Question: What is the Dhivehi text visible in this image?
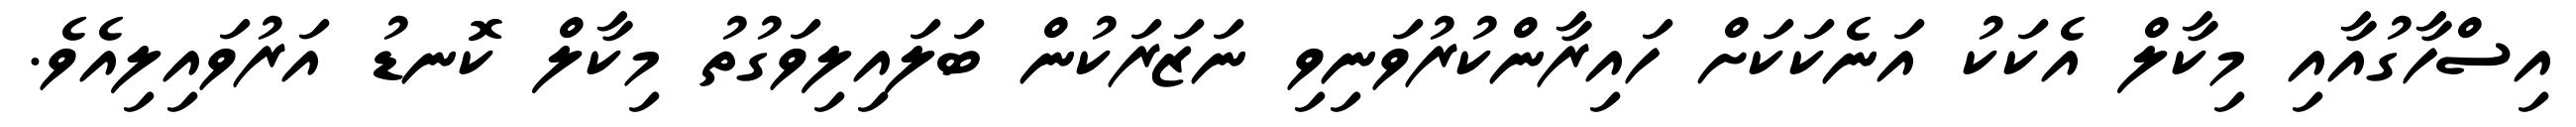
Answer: އިސްހާގުއާއި މިކާލް އެކަކު އަނެކަކަށް ހައިރާންކުރުވަނިވި ނަޒަރަކުން ބަލައިލިވަގުތު މިކާލް ކޮނޑު އަރުވައިލިއެވެ.